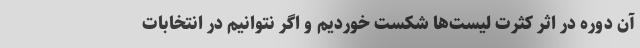
آن دوره در اثر کثرت لیست‌ها شکست خوردیم و اگر نتوانیم در انتخابات